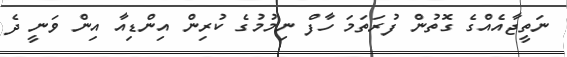
ނަތީޖާއެއްގެ ގޮތުން ފުރަތަމަ ހާފް ނިމުމުގެ ކުރިން އިންޑިއާ އިން ވަނީ ދެ